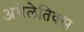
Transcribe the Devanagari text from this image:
अथेलेतिक्स